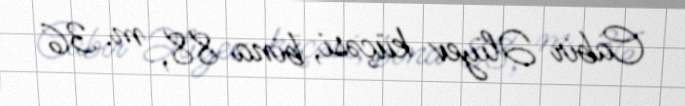
Cabir Əliyev küçəsi, bina 88, m. 36